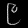
Digit: ၉